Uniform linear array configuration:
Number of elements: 64
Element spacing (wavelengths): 0.75
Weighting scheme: exponential
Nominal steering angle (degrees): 45
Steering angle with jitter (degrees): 44.699
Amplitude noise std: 0.05
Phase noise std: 0.05

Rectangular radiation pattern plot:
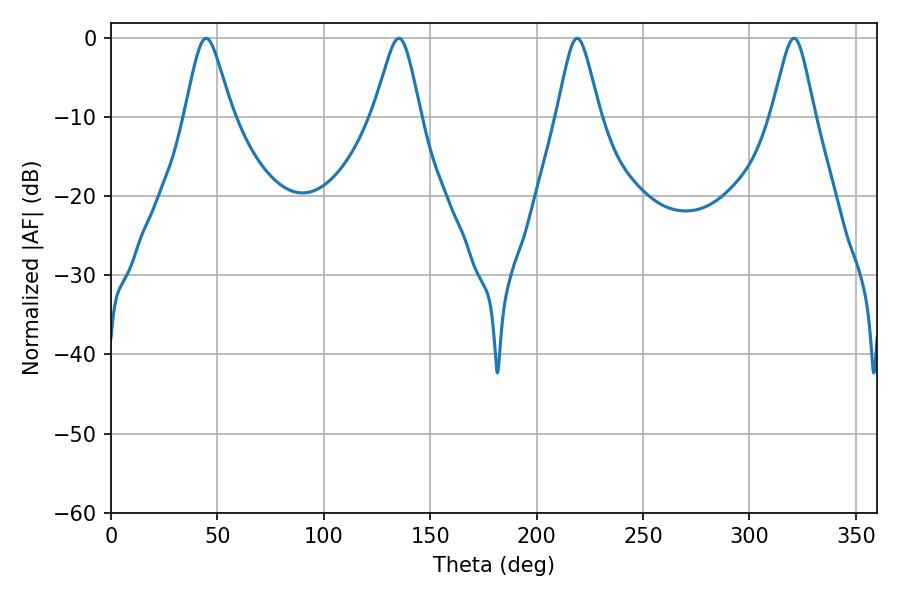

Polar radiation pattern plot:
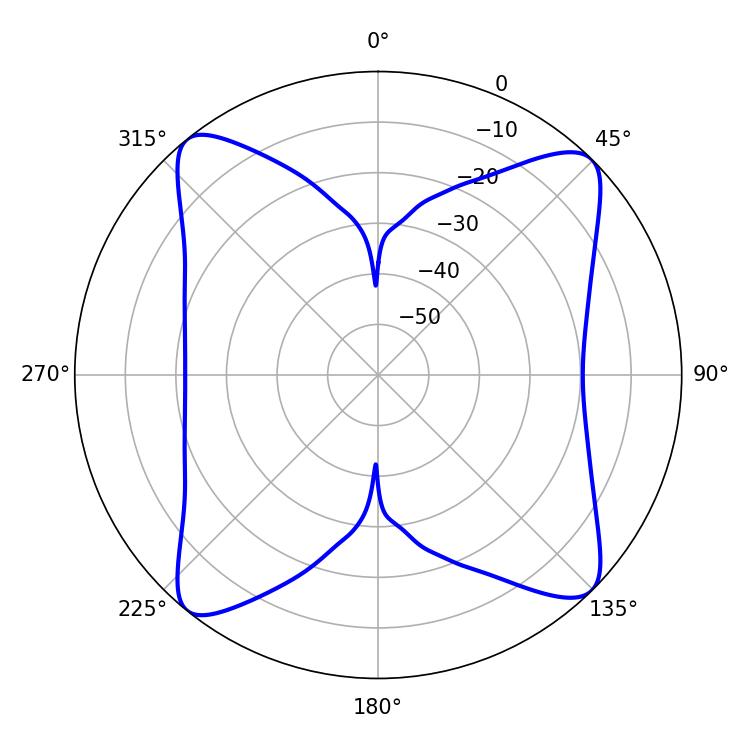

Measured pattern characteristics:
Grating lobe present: TRUE
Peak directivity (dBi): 14.892
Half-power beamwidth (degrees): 9.72
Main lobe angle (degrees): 219.06